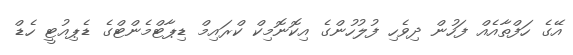
އޭގެ ހަފްތާއެއް ފަހުން ދިވެހި ފުލުހުންގެ އިކޮނޮމިކް ކްރައިމް ޑިޕާޓްމެންޓްގެ ޑެޕިއުޓީ ހެޑް